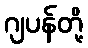
ဂျပန်တို့